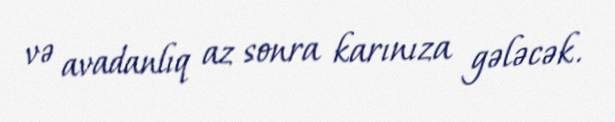
və avadanlıq az sonra karınıza gələcək.